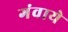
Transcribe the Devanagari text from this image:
गंवाये